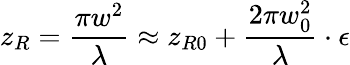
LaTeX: z_{R}=\frac{\pi w^{2}}{\lambda}\approx z_{R0}+\frac{2\pi w_{0}^{2}}{\lambda}\cdot\epsilon